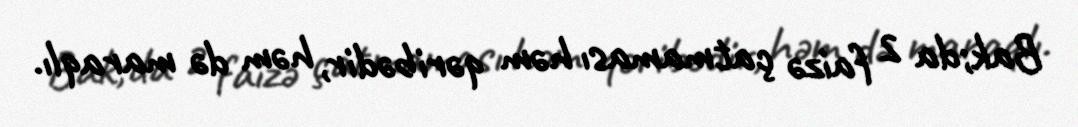
Bak;da 2 faizə çatmaması həm qəribədir, həm də maraqlı.